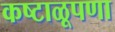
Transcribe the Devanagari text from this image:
कष्टाळूपणा